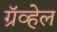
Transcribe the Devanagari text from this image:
ग्रॅव्हेल